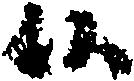
候